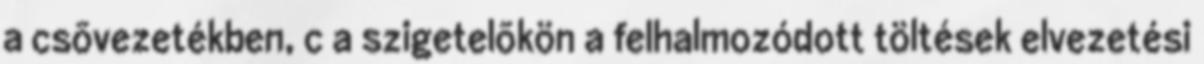
a csõvezetékben, c a szigetelõkön a felhalmozódott töltések elvezetési